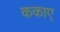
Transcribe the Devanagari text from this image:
ककाए